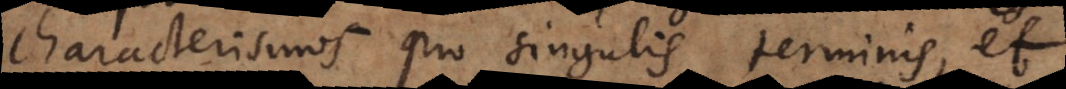
characterismos pro singulis terminis, et